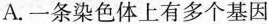
A.一条染色体上有多个基因